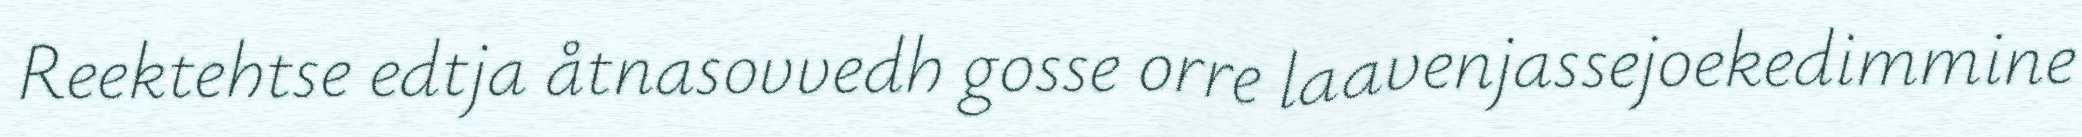
Reektehtse edtja åtnasovvedh gosse orre laavenjassejoekedimmine